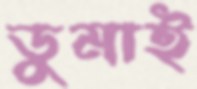
ডুমাই